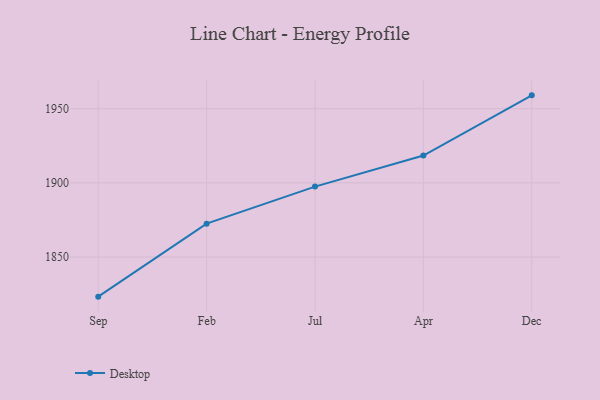
{"axis": {"x": "Month", "y": "Headcount"}, "legend": ["Desktop"], "data": [{"x": "Sep", "y": 1823.3, "type": "Desktop"}, {"x": "Feb", "y": 1872.5, "type": "Desktop"}, {"x": "Jul", "y": 1897.5, "type": "Desktop"}, {"x": "Apr", "y": 1918.4, "type": "Desktop"}, {"x": "Dec", "y": 1959.0, "type": "Desktop"}]}